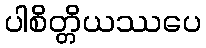
ပါစိတ္တိယဿပေ